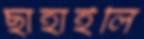
ছাহাইলি